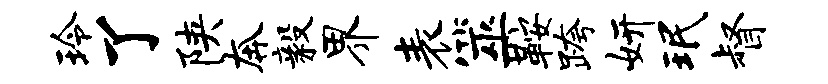
玲了陕奔毅界表筮鞍跨妍珉督